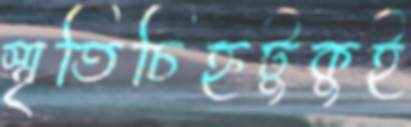
স্মৃতিচিহ্নটুকুই